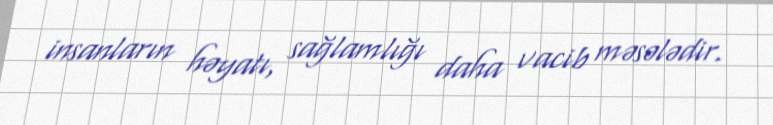
insanların həyatı, sağlamlığı daha vacib məsələdir.